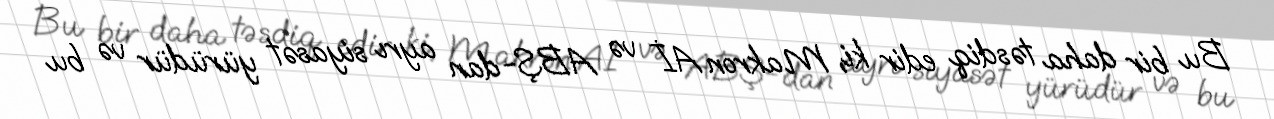
Bu bir daha təsdiq edir ki, Makron Aİ və ABŞ-dan ayrı siyasət yürüdür və bu